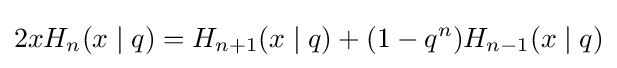
2xH_{n}(x\mid q)=H_{n+1}(x\mid q)+(1-q^{n})H_{n-1}(x\mid q)